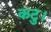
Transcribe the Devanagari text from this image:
कटु।